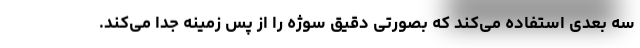
سه بعدی استفاده می‌کند که بصورتی دقیق سوژه را از پس زمینه جدا می‌کند.